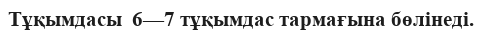
Тұқымдасы  6—7 тұқымдас тармағына бөлінеді.